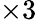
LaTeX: \times 3